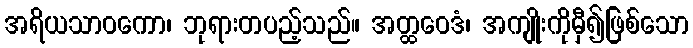
အရိယသာဝကော၊ ဘုရားတပည့်သည်။ အတ္ထဝေဒံ၊ အကျိုးကိုမှီ၍ဖြစ်သော